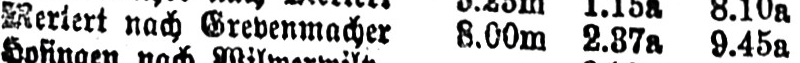
nach Grevenmacher 8.00m 2.37a 9.45a